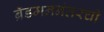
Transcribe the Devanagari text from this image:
ब्रॅडमननंतरची